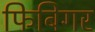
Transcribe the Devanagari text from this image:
फिबिगर